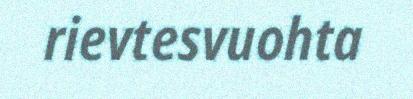
rievtesvuohta